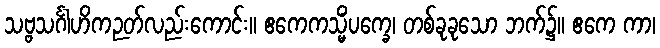
သဗ္ဗသင်္ဂါဟိကဉတ်လည်းကောင်း။ ဧကေကသ္မိံပက္ခေ၊ တစ်ခုခုသော ဘက်၌။ ဧကေ ကာ၊